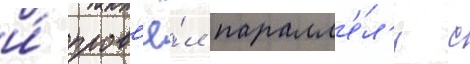
и́ пров'ё́л паралл'е́л'и с